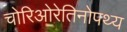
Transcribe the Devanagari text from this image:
चोरिओरेतिनोपथ्य